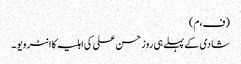
(ف،م)
شادی کے پہلے ہی روز حسن علی کی اہلیہ کا انٹرویو ۔